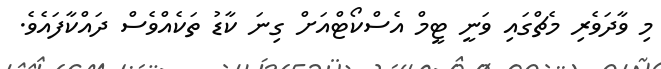
މި ވާދަވެރި މެޗްގައި ވަނީ ޓީމް އެސްކޯޓްއަށް ގިނަ ކާޑު ތަކެއްވެސް ދައްކާފައެވެ.